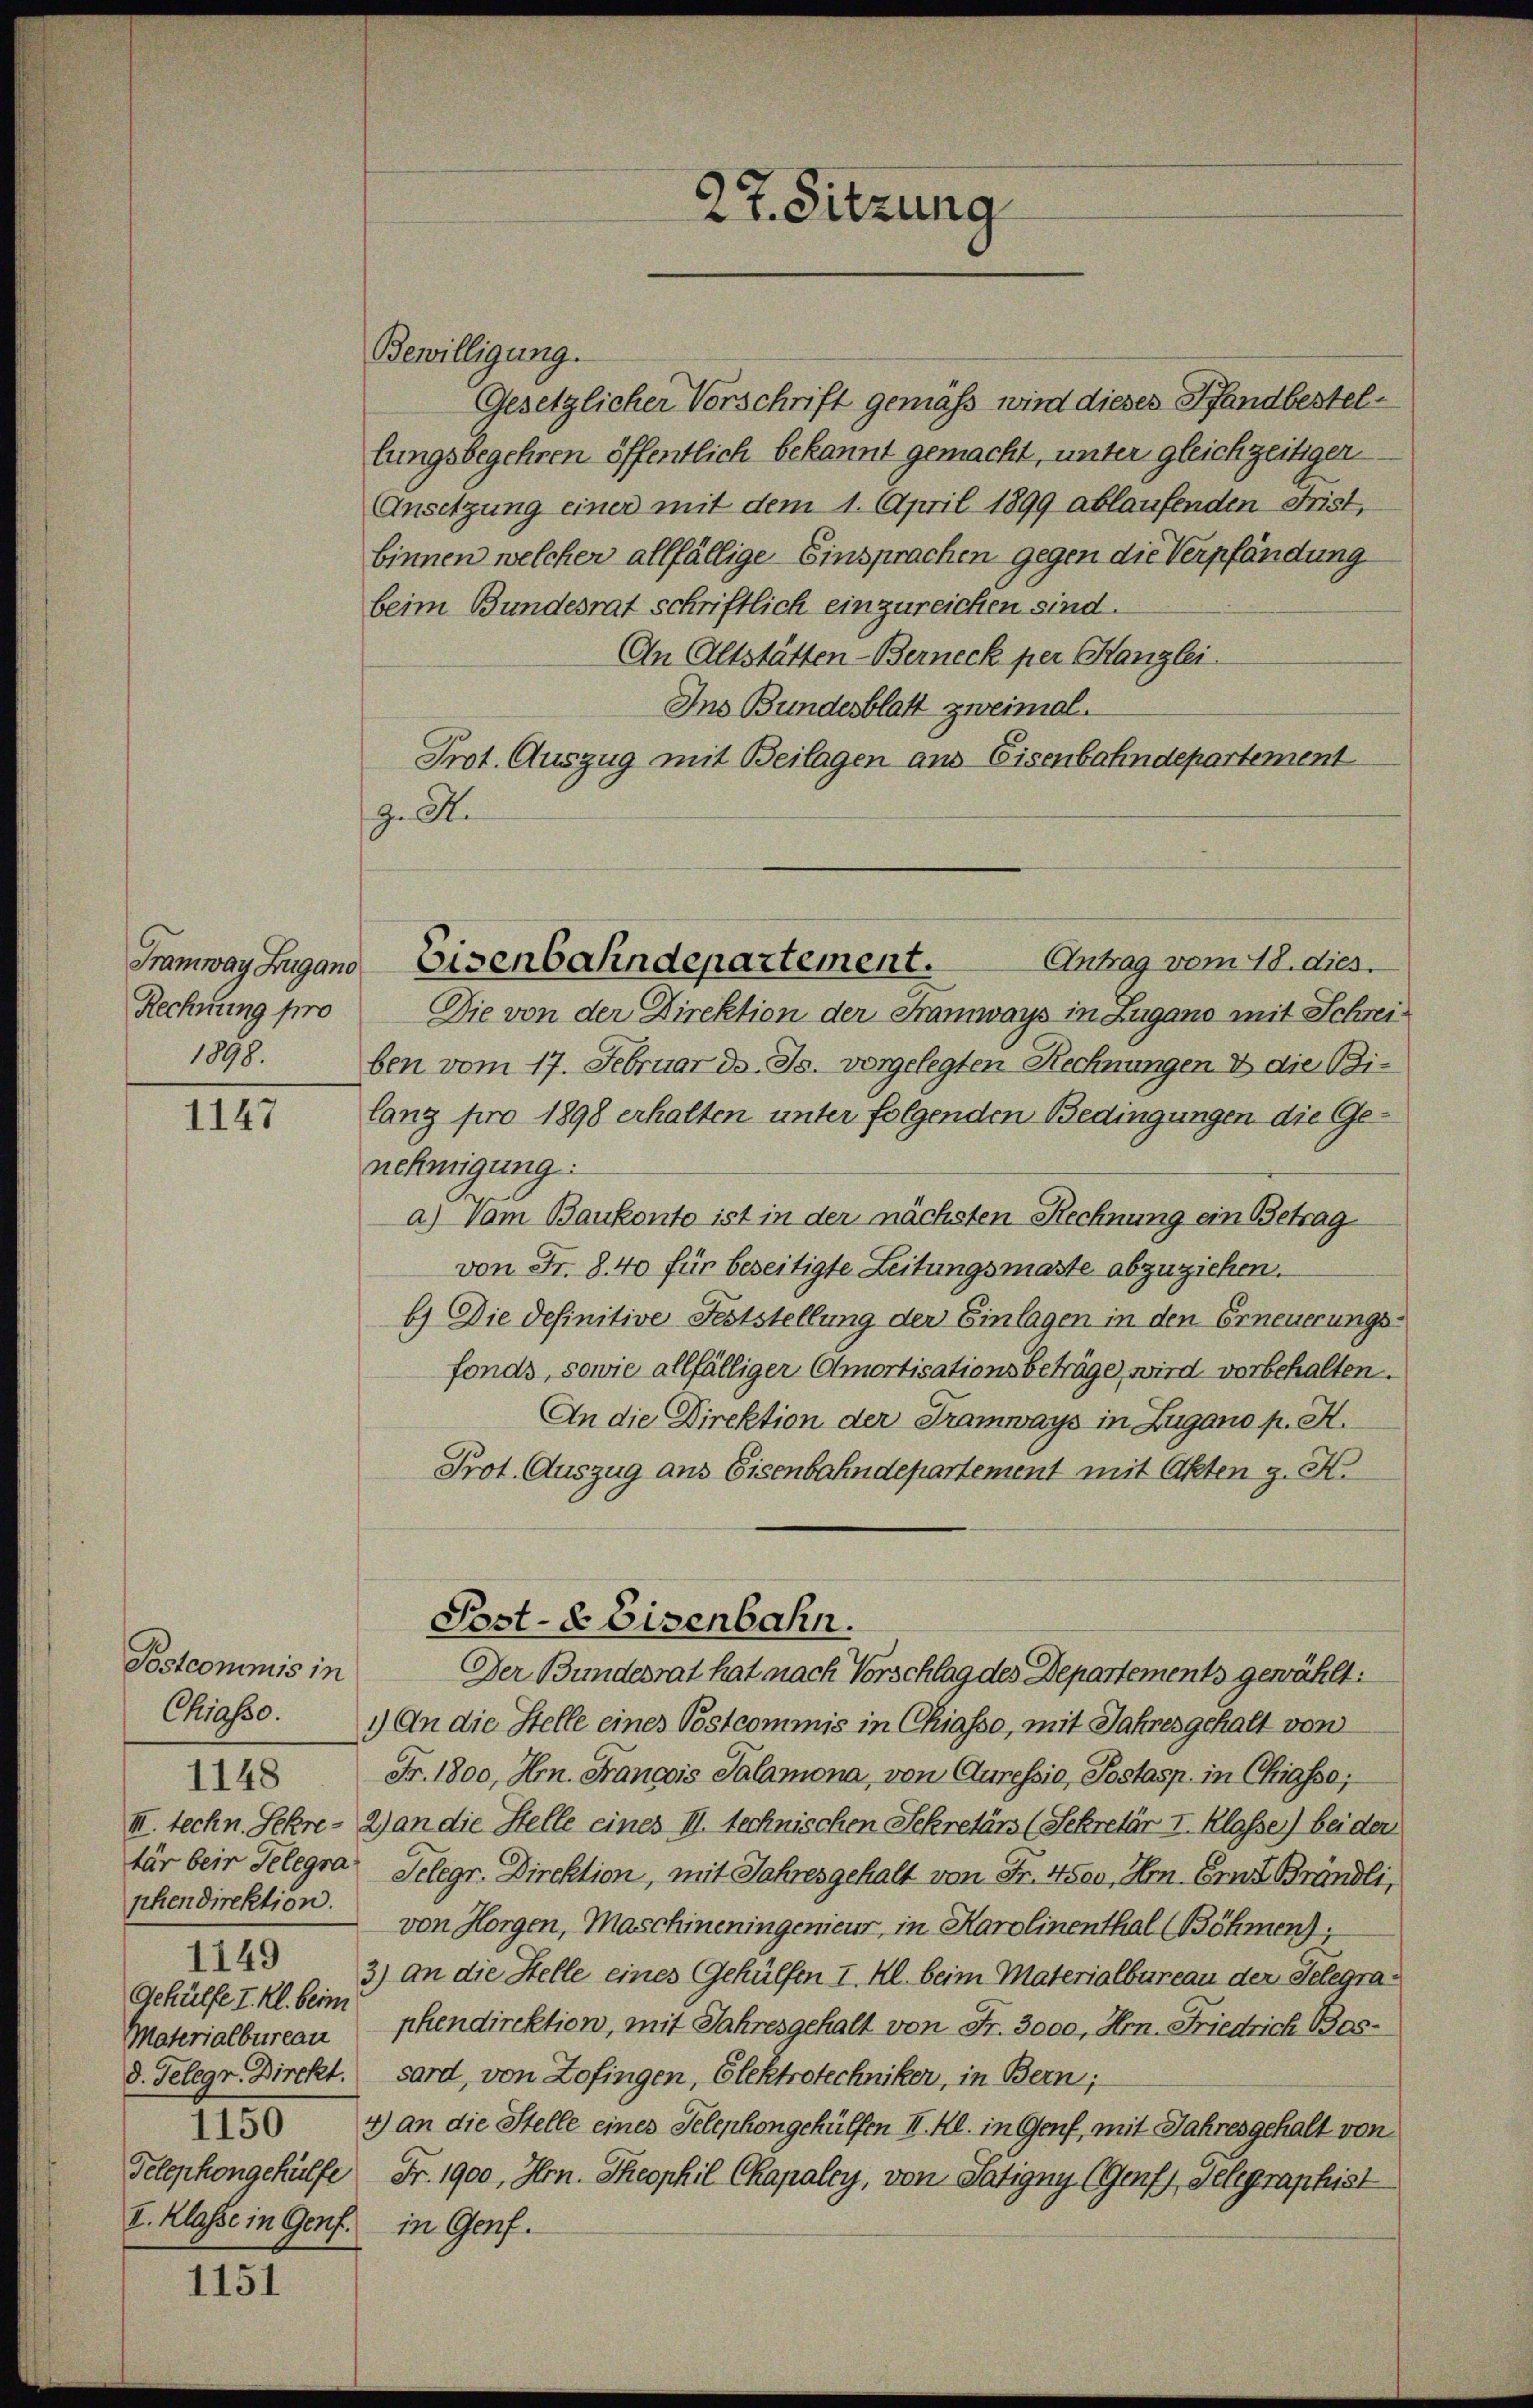
Tramway Lugano
Rechnung pro
1898.

1147

Postcommis in
tär beim Telegra
phendirektion.
1149
Gehülfe I. Kl. beim
Materialbureau
d. Telegr. Direkt.
I. Klasse in Genf.

1151

Bewilligung.
Gesetzlicher Vorschrift gemäß wird dieses Pfandbestellungsbegehren öffentlich bekannt gemacht, unter gleichzeitigen
Ansetzung einer mit dem 1. April 1899 ablaufenden Frist,
binnen welcher allfällige Einsprachen gegen die Verpfändung
beim Bundesrat schriftlich einzureichen sind.
An Altstätten-Berneck per Kanzlei
Ins Bundesblatt zweimal.
Prot. Auszug mit Beilagen aus Eisenbahndepartement
H. A.

27. Sitzung

Eisenbahndepartement.

Antrag vom 18. dies
Die von der Direktion der Framways in Zugano mit Schreiben vom 17. Februar d. Js. vorgelegten Rechnungen & die Bilang pro 1898 erhalten unter folgenden Bedingungen die Genehmigung:
a) Vom Baukonto ist in der nächsten Rechnung ein Betrag
von Fr. 8. 40 für beseitigte Leitungsmasse abzuziehen.
b) Die definitive Feststellung der Einlagen in den Erneuerungsfonds, sowie allfälliger Amortisationsbeträge wird vorbehalten.
An die Direktion der Tramways in Zugano p. K.
Prot. Auszug aus Eisenbahndepartement mit Akten z. K.
Post- & Eisenbahn.
Der Bundesrat hat nach Vorschlag des Departements gewählt:
Chiasso. 1) An die Stelle eines Postcommis in Chiasso, mit Jahres gehalt von
8 Fr. 1800, Hrn. Francois Salamona, von Curessio, Postasp. in Chigsso;
III. techn. Sekre- 2) an die Stelle eines II. technischen Sekretärs (Sekretär I. Klasse) bei der
Selegr. Direktion, mit Jahresgehalt von Fr. 4500, Hr. Ernt Bründli,
von Horgen, Maschineningenieur, in Harolinenthal (Böhmen;
3) An die Stelle eines Gehülfen I. Kl. beim Materialbureau der Telegraphendirektion, mit Jahresgehalt von Fr. 3000, Hrn. Friedrich Bossard, von Zofingen, Elektrotechniker, in Bern;
X 4) an die Stelle eines Telephongehülfen II. Kl. in Genf, mit Jahresgehalt von
Telephongehülfe Fr. 1900, Hrn. Theophil Ckapaley, von Satigny (Genf, Gelegraphist
in Genf.